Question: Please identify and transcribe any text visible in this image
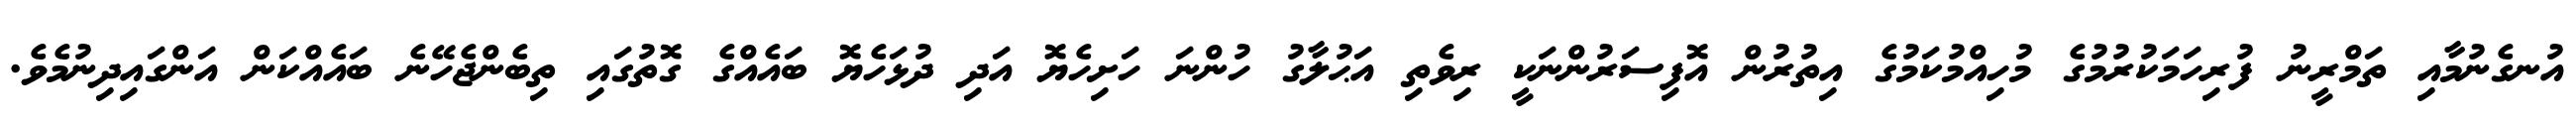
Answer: އުނގެނުމާއި ތަމްރީނު ފުރިހަމަކުރުމުގެ މުހިއްމުކަމުގެ އިތުރުން އޮފިސަރުންނަކީ ރިވެތި އަޙުލާގު ހުންނަ ހަށިހެޔޮ އަދި ދުޅަހެޔޮ ބައެއްގެ ގޮތުގައި ތިބެންޖެހޭނެ ބައެއްކަން އަންގައިދިނުމެވެ.